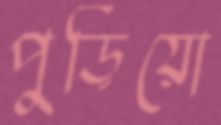
পুড়িয়ো